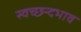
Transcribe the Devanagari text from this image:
स्वच्छन्दभाव